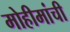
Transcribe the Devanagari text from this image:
मोहीमांची